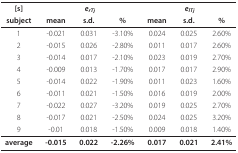
<table><thead><tr><td><b>[s]</b></td><td colspan="3"><b><i>e<sub>rTj </sub></i></b></td><td colspan="3"><b><i>e<sub>lTj </sub></i></b></td></tr><tr><td><b>subject</b></td><td><b>mean</b></td><td><b>s.d.</b></td><td><b>%</b></td><td><b>mean</b></td><td><b>s.d.</b></td><td><b>%</b></td></tr></thead><tbody><tr><td>1</td><td>-0.021</td><td>0.031</td><td>-3.10%</td><td>0.024</td><td>0.025</td><td>2.60%</td></tr><tr><td>2</td><td>-0.015</td><td>0.026</td><td>-2.80%</td><td>0.011</td><td>0.017</td><td>2.60%</td></tr><tr><td>3</td><td>-0.014</td><td>0.017</td><td>-2.10%</td><td>0.023</td><td>0.019</td><td>2.70%</td></tr><tr><td>4</td><td>-0.009</td><td>0.013</td><td>-1.70%</td><td>0.017</td><td>0.017</td><td>2.90%</td></tr><tr><td>5</td><td>-0.014</td><td>0.022</td><td>-1.90%</td><td>0.011</td><td>0.023</td><td>1.60%</td></tr><tr><td>6</td><td>-0.011</td><td>0.021</td><td>-1.50%</td><td>0.016</td><td>0.019</td><td>2.00%</td></tr><tr><td>7</td><td>-0.022</td><td>0.027</td><td>-3.20%</td><td>0.019</td><td>0.025</td><td>2.70%</td></tr><tr><td>8</td><td>-0.017</td><td>0.021</td><td>-2.50%</td><td>0.024</td><td>0.025</td><td>3.20%</td></tr><tr><td>9</td><td>-0.01</td><td>0.018</td><td>-1.50%</td><td>0.009</td><td>0.018</td><td>1.40%</td></tr><tr><td><b>average</b></td><td><b>-0.015</b></td><td><b>0.022</b></td><td><b>-2.26%</b></td><td><b>0.017</b></td><td><b>0.021</b></td><td><b>2.41%</b></td></tr></tbody></table>